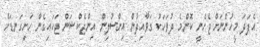
އެފަދަ މީހުންނަށް ޖެހެނީ ކޮންމެ ދުވަހަކު ގަވާއިދުން އިންސުލިން އިންޖެކްޝަން ޖަހައިގެން ހަށިގަނޑަށް